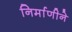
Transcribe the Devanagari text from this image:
निर्माणीने